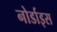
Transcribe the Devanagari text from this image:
नोर्डाइस